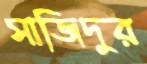
সাজিদুর